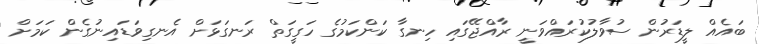
ބައެއް ލީޑަރުން ސުވާލުކުރައްވަނީ ރާއްޖޭގައި ހިނގާ ކަންކަމުގެ ހަގީގަތް ރަނގަޅަށް އެނގިވަޑައިނުގެން ކަމަށް